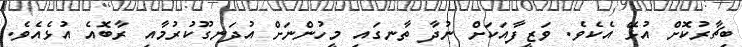
ބިޗާރުކޮށް އުޅޭ އެކެވެ. ވަޒީފާއަކަށް ނުދާ ތާނގައި މީހުންނަށް އުދަނގޫކުރުމާއި ރާބޮއެ އުޅެއެވެ.